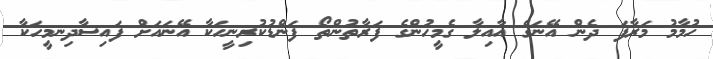
ހުމާމު މަރާފަ ދެން އޭނަގެ އާއިލާ ގެމީހުންގެ ފަރާތުންތޯ ފަންޑުކުރިނީހަކާ އޭނައަށް ފައިސާދިނމީހަކާ